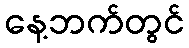
နေ့ဘက်တွင်